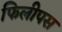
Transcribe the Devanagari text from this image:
फिलीपस